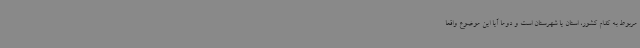
مربوط به کدام کشور، استان یا شهرستان است و دوما آیا این موضوع واقعا